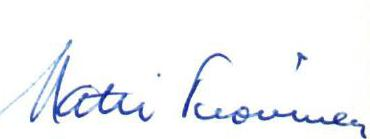
Matti Tuovinen